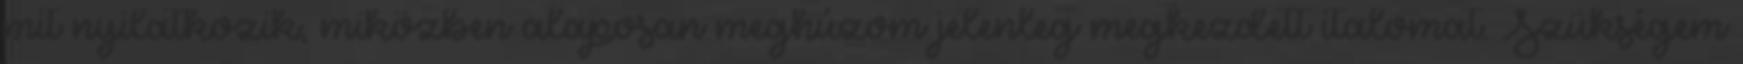
mit nyilatkozik, miközben alaposan meghúzom jelenleg megkezdett italomat. Szükségem